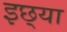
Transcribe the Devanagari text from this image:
इछ्या